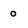
Character: 0